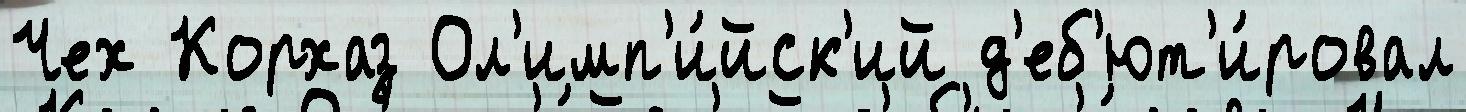
Чех Корхаз Ол'имп'и́йск'ий д'еб'ют'и́ровал